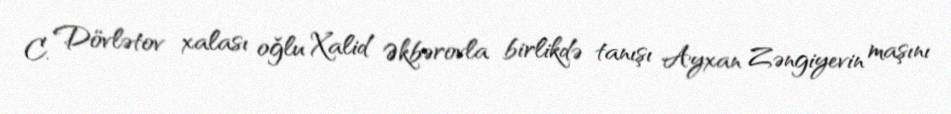
C. Dövlətov xalası oğlu Xalid Əkbərovla birlikdə tanışı Ayxan Zəngiyevin maşını